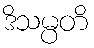
ဒိသမ္ပတိ